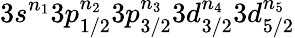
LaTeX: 3s^{n_{1}}3p_{1/2}^{n_{2}}3p_{3/2}^{n_{3}}3d_{3/2}^{n_{4}}3d_{5/2}^{n_{5}}